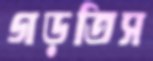
গড়তিস